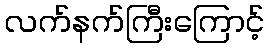
လက်နက်ကြီးကြောင့်